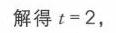
解得 \(t = 2\)，